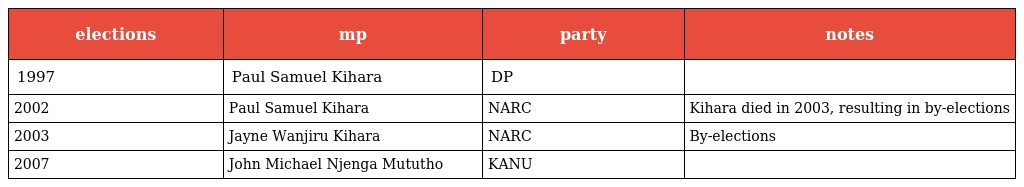
| elections | mp | party | notes |
 | --- | --- | --- | --- |
 | 1997 | Paul Samuel Kihara | DP |  |
 | 2002 | Paul Samuel Kihara | NARC | Kihara died in 2003, resulting in by-elections |
 | 2003 | Jayne Wanjiru Kihara | NARC | By-elections |
 | 2007 | John Michael Njenga Mututho | KANU |  |